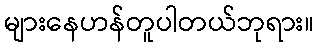
များနေဟန်တူပါတယ်ဘုရား။